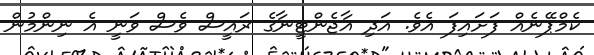
ކެމްޕޭނެއް ފަށައިފަ އެވެ. އަދި އާޖެންޓީނާގެ ރައީސް ވެސް ވަނީ އެ ނިންމުން